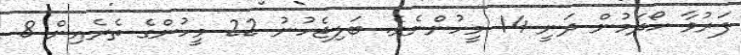
ފަރުވާ ހޯދަމުން ދަނީ 14 މީހުންނެވެ. ބަލިޖެހުނު 22 މީހުންގެ ތެރެއިން 8